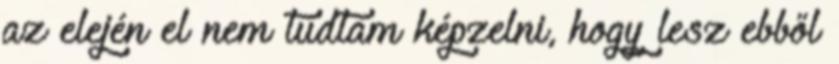
az elején el nem tudtam képzelni, hogy lesz ebből